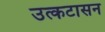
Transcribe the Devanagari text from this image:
उत्कटासन